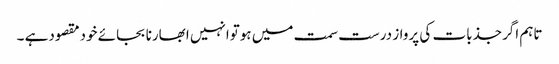
تاہم اگرجذبات کی پرواز درست سمت میں ہوتوانہیں ابھارنا بجائے خودمقصودہے ۔